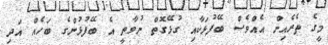
މީގެ ތެރެއިން އެއްވެސް ބޭފުޅަކާއި ގުޅޭގޮތް ނުވާތީ އެ ބޭފުޅުންގެ ބަހެއް އަދި